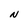
Character: N